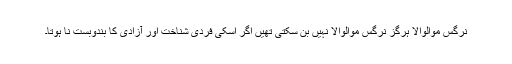
نرگس موالوالا ہرگز نرگس موالوالا نہیں بن سکتی تھیں اگر اسکی فردی شناخت اور آزادی کا بندوبست نا ہوتا۔